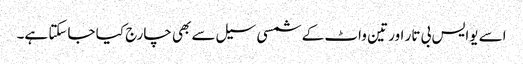
اسے یوایس بی تار اور تین واٹ کے شمسی سیل سے بھی چارج کیا جاسکتا ہے۔